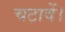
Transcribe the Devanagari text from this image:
चटावें।